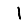
Digit: 1